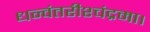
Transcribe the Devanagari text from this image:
धन्वंतरीश्चंद्रमा।